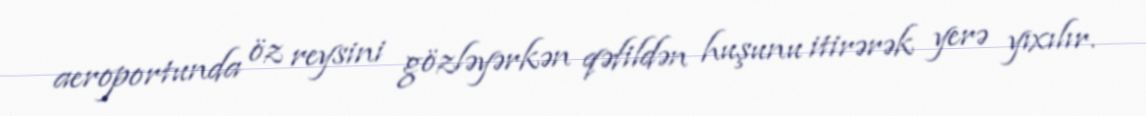
aeroportunda öz reysini gözləyərkən qəfildən huşunu itirərək yerə yıxılır.